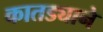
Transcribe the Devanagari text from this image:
कातड्याने